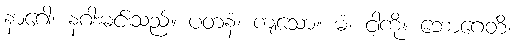
နာဂေါ၊ နဂါးမင်းသည်။ ပတနံ၊ ကျသော။ မံ၊ ငါ့ကို။ ဘောဂေတိ၊